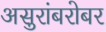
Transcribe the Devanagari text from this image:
असुरांबरोबर